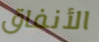
الأنفاق